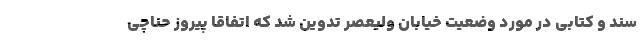
سند و کتابی در مورد وضعیت خیابان ولیعصر تدوین شد که اتفاقا پیروز حناچی